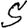
Digit: 5